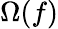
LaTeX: \Omega(f)